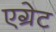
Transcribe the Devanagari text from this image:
एग्रेट